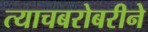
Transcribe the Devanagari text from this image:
त्याचबरोबरीने